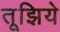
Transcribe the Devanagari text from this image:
तूझिये